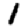
Digit: 1